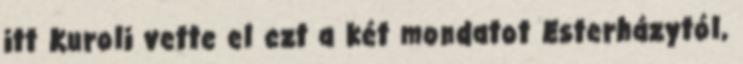
itt Kuroli vette el ezt a két mondatot Esterházytól,